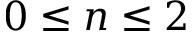
0 \leq n \leq 2